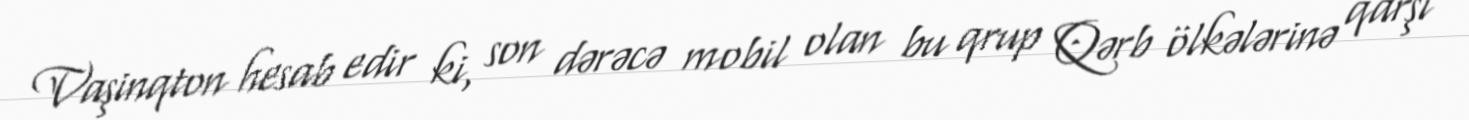
Vaşinqton hesab edir ki, son dərəcə mobil olan bu qrup Qərb ölkələrinə qarşı